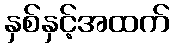
နှစ်နှင့်အထက်